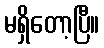
မရှိတော့ပြီ။